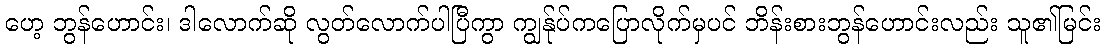
ဟေ့ ဘွန်ဟောင်း၊ ဒါလောက်ဆို လွတ်လောက်ပါပြီကွာ ကျွန်ုပ်ကပြောလိုက်မှပင် ဘိန်းစားဘွန်ဟောင်းလည်း သူ၏မြင်း